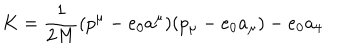
LaTeX: K = \frac { 1 } { 2 M } ( p ^ { \mu } - e _ { 0 } a ^ { \mu } ) ( p _ { \mu } - e _ { 0 } a _ { \mu } ) - e _ { 0 } a _ { 4 }